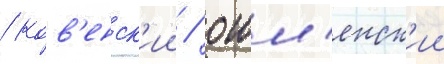
/ ков'енск'ии / ошм'янск'ии